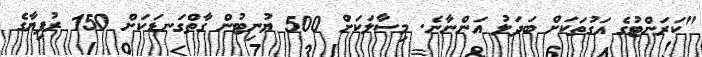
"ކަރަންޓުގެ އަގުތަކަށް ބަދަލު އަންނާނެ. މިސާލަކަށް 500 ޔުނިޓުން ގާތްގަނޑަކަށް 150 ރުފިޔާގެ